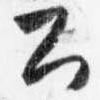
公